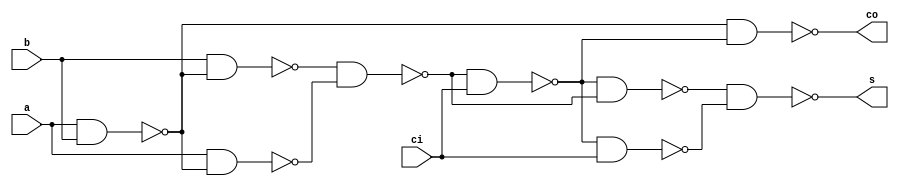
`timescale 1ns/1ns


module OneBitFullAdderS (input a, b, ci, output s, co);
    wire y1, y2, y3, abXor, y4, y5, y6;
    nand #(10, 7) ab_nand(y1, a, b);
    nand #(10, 7) aab_nand(y2, a, y1), bab_nand(y3, b, y1);
    nand #(10, 7) ab_xor(abXor, y3, y2);
    nand #(10, 7) abxorci_nand(y4, abXor, ci), ciabxorci_nand(y5, y4, ci), abxorabxorci_nand(y6, y4, abXor);
    nand #(10, 7) sum(s, y6, y5);
    nand #(10, 7) carry_out(co, y1, y4);
endmodule